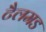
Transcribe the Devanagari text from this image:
टैलमड